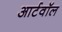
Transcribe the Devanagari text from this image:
आर्टवॉल